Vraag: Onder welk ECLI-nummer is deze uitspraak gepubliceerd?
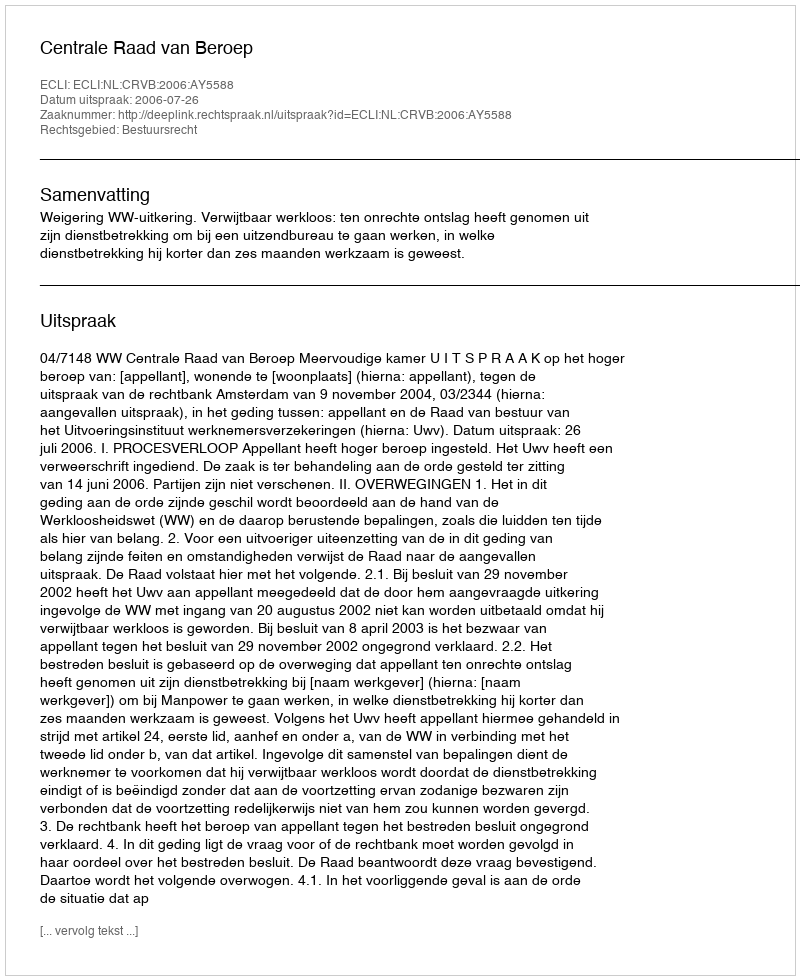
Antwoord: ECLI:NL:CRVB:2006:AY5588